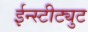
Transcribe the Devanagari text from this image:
ईन्स्टीट्युट